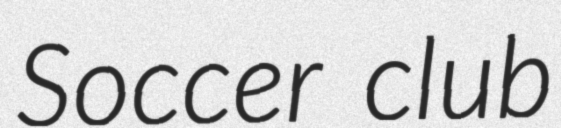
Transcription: Soccer club